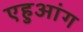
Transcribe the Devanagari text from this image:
एहुआंग